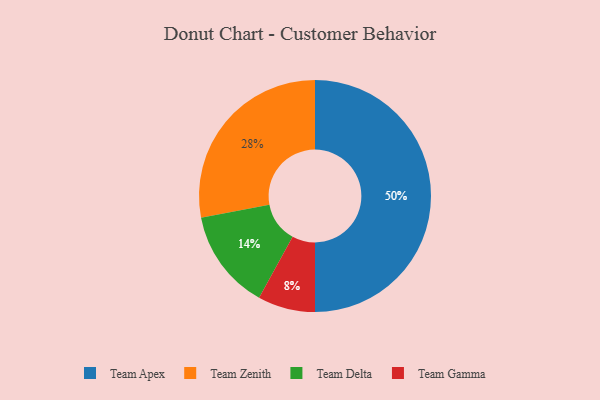
{"axis": {"x": "Category", "y": "Percentage"}, "legend": ["Team Apex", "Team Delta", "Team Gamma", "Team Zenith"], "data": [{"x": "Team Zenith", "y": 28, "type": "Team Zenith"}, {"x": "Team Delta", "y": 14, "type": "Team Delta"}, {"x": "Team Apex", "y": 50, "type": "Team Apex"}, {"x": "Team Gamma", "y": 8, "type": "Team Gamma"}]}